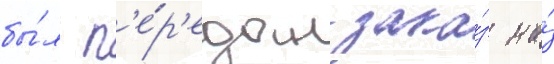
бы́л п'е́р'едан зака́з на́